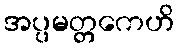
အပ္ပမတ္တကေဟိ